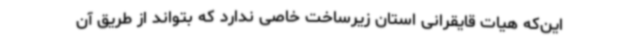
این‌که هیات قایقرانی استان زیرساخت خاصی ندارد که بتواند از طریق آن